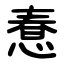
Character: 惷